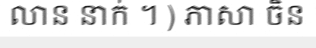
លាន នាក់ ។ ) ភាសា ចិន